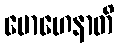
မောဟေနာတိ